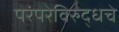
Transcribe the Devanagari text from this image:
परंपरेविरुद्धचे